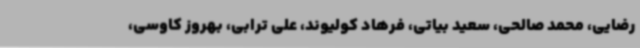
رضایی، محمد صالحی، سعید بیاتی، فرهاد کولیوند، علی ترابی، بهروز کاوسی،